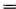
=